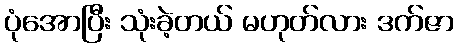
ပုံအောပြီး သုံးခဲ့တယ် မဟုတ်လား ဒက်ဇာ